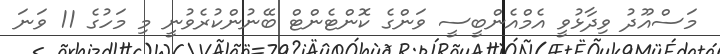
މަސްއޫދު ވިދާޅުވީ އެމްއެންބީސީ ވަންގެ ކޮންޓެންޓް ބޭނުންކުރެވުނީ މި މަހުގެ 11 ވަނަ